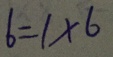
6 = 1 \times 6